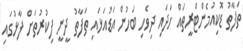
ތަފާތު ޑޮކިއުމެންޓްރީތައް ހަދައި ދިވެހި ބަހުން އަޑުއަޅައި ތަފާތު ދީނީ ފިކުރުތަށް ފާޅުގައި